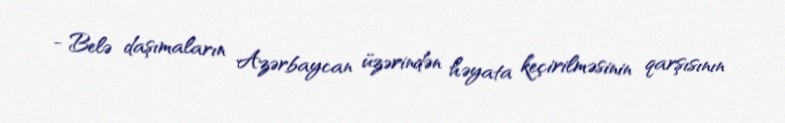
- Belə daşımaların Azərbaycan üzərindən həyata keçirilməsinin qarşısının